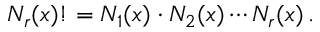
N _ { r } ( x ) ! = N _ { 1 } ( x ) \cdot N _ { 2 } ( x ) \cdots N _ { r } ( x ) \, .